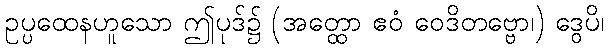
ဥပ္ပထေနဟူသော ဤပုဒ်၌ (အတ္ထော ဧဝံ ဝေဒိတဗ္ဗော၊) ဒွေပိ၊